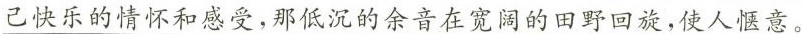
\underline{己快乐的情怀和感受，那低沉的余音在宽阔的田野回旋，使人惬意。}